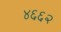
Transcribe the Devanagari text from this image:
४६६२